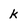
Character: k